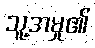
သူ့အမှု၏